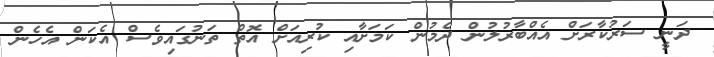
ދަނީ ސަރުކާރަށް އެއްބާރުލުން ދެމުން ކަމަށާއި ކުރިއަށް އޮތް ތަނުގައިވެސް އެކަން އެހެން